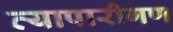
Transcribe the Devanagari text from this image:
व्‍यापारीगण